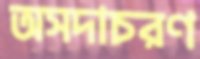
অসদাচরণ